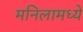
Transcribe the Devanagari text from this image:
मनिलामध्ये